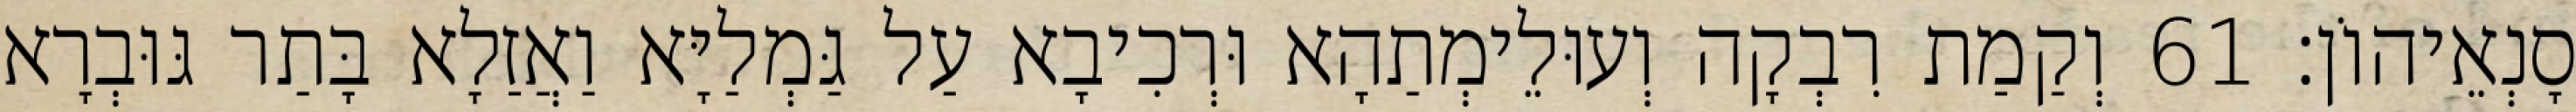
סָנְאֵיהוֹן׃ 61 וְקַמַת רִבְקָה וְעוּלֵימְתַהָא וּרְכִיבָא עַל גַּמְלַיָּא וַאֲזַלָא בָּתַר גּוּבְרָא